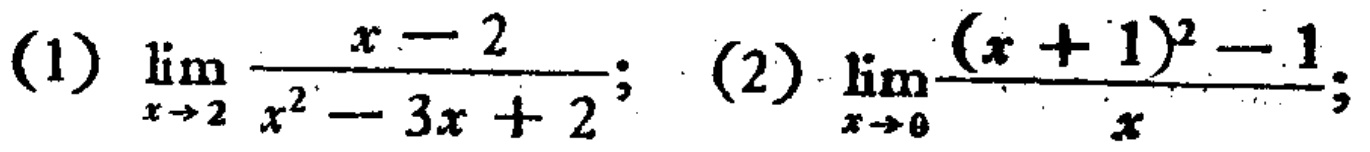
(1) \(\lim_{x \to 2} \frac{x - 2}{x^{2}-3x + 2}\); (2) \(\lim_{x \to 0} \frac{(x + 1)^{2}-1}{x}\);